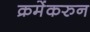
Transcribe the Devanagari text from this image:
क्रमेंकरुन